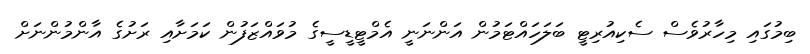
ބިމުގައި މިހާރުވެސް ސެކިއުރިޓީ ބަލަހައްޓަމުން އަންނަނީ އެމްޓީޑީސީގެ މުވައްޒަފުން ކަމަށާއި ރަށުގެ އާންމުންނަށް